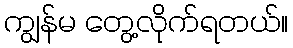
ကျွန်မ တွေ့လိုက်ရတယ်။